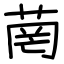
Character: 菵